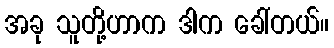
အခု သူတို့ဟာက ဒါက ခေါ်တယ်။